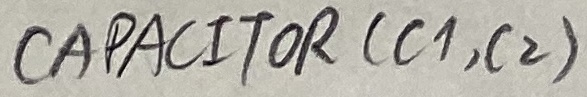
Text: CAPACITOR (C1, C2)